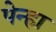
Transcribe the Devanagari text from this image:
पेन्हा